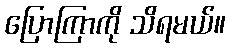
ပြောကြာကို သိရမယ်။